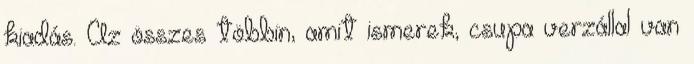
kiadás. Az összes többin, amit ismerek, csupa verzállal van